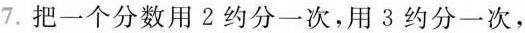
7.把一个分数用2约分一次，用3约分一次，